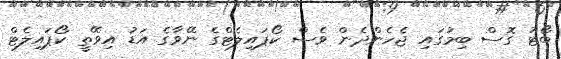
ބޯޓު ގޮސް ބިމުގައި ޖެހެންދެން ވެސް ކޯޕައިލެޓްގެ ނޭވާގެ އަޑު އިވޭތީ ކޯޕައިލެޓް